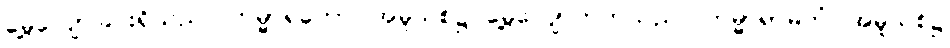
မွေ့လျော်ခြင်းရှိသည်။ ကမ္မာရတော၊ အမူသစ်၌ မွေ့လျော်တတ်သည်။ ကမ္မာရာမတံ၊ အမူသစ်၌